Lunatic asylums United Provinces 1899-1908 - 1899-1908
Year: 1899
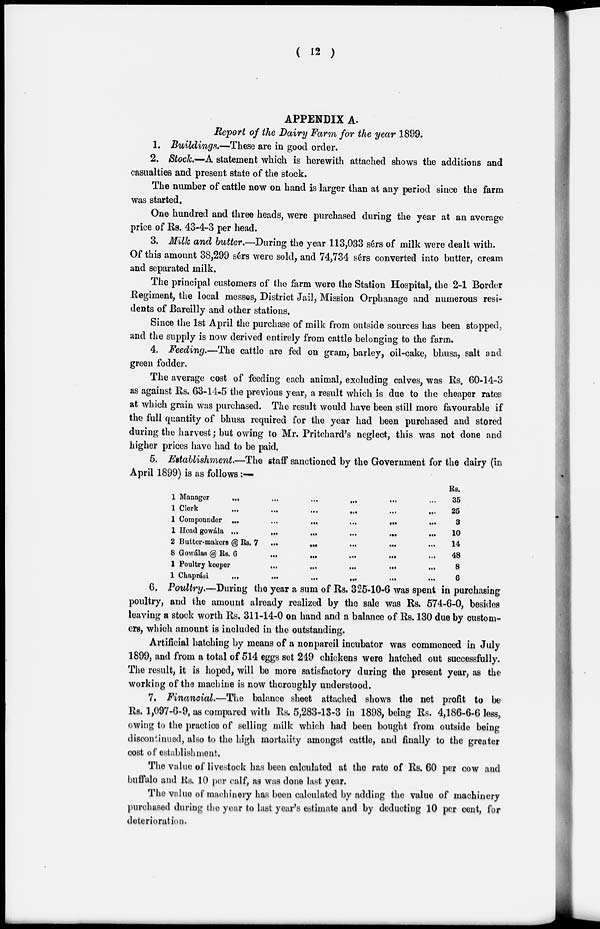
( 12 )
APPENDIX A.
Report of the Dairy Farm for the year 1899.
1. Buildings.—These are in good order.
2. Stock.—A statement which is herewith attached shows the additions and
casualties and present state of the stock.
The number of cattle now on hand is larger than at any period since the farm
was started.
One hundred and three heads, were purchased during the year at an average
price of Rs. 43-4-3 per head.
3. Milk and butter.—During the year 113,033 sérs of milk were dealt with.
Of this amount 38,299 sérs were sold, and 74,734 sérs converted into butter, cream
and separated milk.
The principal customers of the farm were the Station Hospital, the 2-1 Border
Regiment, the local messes, District Jail, Mission Orphanage and numerous resi-
dents of Bareilly and other stations.
Since the 1st April the purchase of milk from outside sources has been stopped,
and the supply is now derived entirely from cattle belonging to the farm.
4. Feeding.—The cattle are fed on gram, barley, oil-cake, bhusa, salt and
green fodder.
The average cost of feeding each animal, excluding calves, was Rs. 60-14-3
as against Rs. 63-14-5 the previous year, a result which is due to the cheaper rates
at which grain was purchased. The result would have been still more favourable if
the full quantity of bhusa required for the year had been purchased and stored
during the harvest; but owing to Mr. Pritchard's neglect, this was not done and
higher prices have had to be paid.
5. Establishment.—The staff sanctioned by the Government for the dairy (in
April 1899) is as follows:—
1 Manager ... ... ... ... ... ...
1 Clerk ... ... ... ... ... ...
1 Compounder
...
...
...
...
...
...
1 Head gowála
...
...
...
...
...
...
2 Butter-makers @ Rs. 7
...
...
...
...
...
8 Gowálas @ Rs. 6 ... ... ... ... ...
1 Poultry keeper
...
...
...
...
1
Chaprási
...
...
...
...
...
...
Rs.
35
25
3
10
14
48
8
6
6. Poultry.—During the year a sum of Rs. 325-10-6 was spent in purchasing
poultry, and the amount already realized by the sale was Rs. 574-6-0, besides
leaving a stock worth Rs. 311-14-0 on hand and a balance of Rs. 130 due by custom-
ers, which amount is included in the outstanding.
Artificial hatching by means of a nonpareil incubator was commenced in July
1899, and from a total of 514 eggs set 249 chickens were hatched out successfully.
The result, it is hoped, will be more satisfactory during the present year, as the
working of the machine is now thoroughly understood.
7. Financial.—The balance sheet attached shows the net profit to be
Rs. 1,097-6-9, as compared with Rs. 5,283-13-3 in 1898, being Rs. 4,186-6-6 less,
owing to the practice of selling milk which had been bought from outside being
discontinued, also to the high mortality amongst cattle, and finally to the greater
cost of establishment.
The value of livestock has been calculated at the rate of Rs. 60 per cow and
buffalo and Rs. 10 per calf, as was done last year.
The value of machinery has been calculated by adding the value of machinery
purchased during the year to last year's estimate and by deducting 10 per cent, for
deterioration.